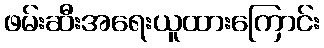
ဖမ်းဆီးအရေးယူထားကြောင်း